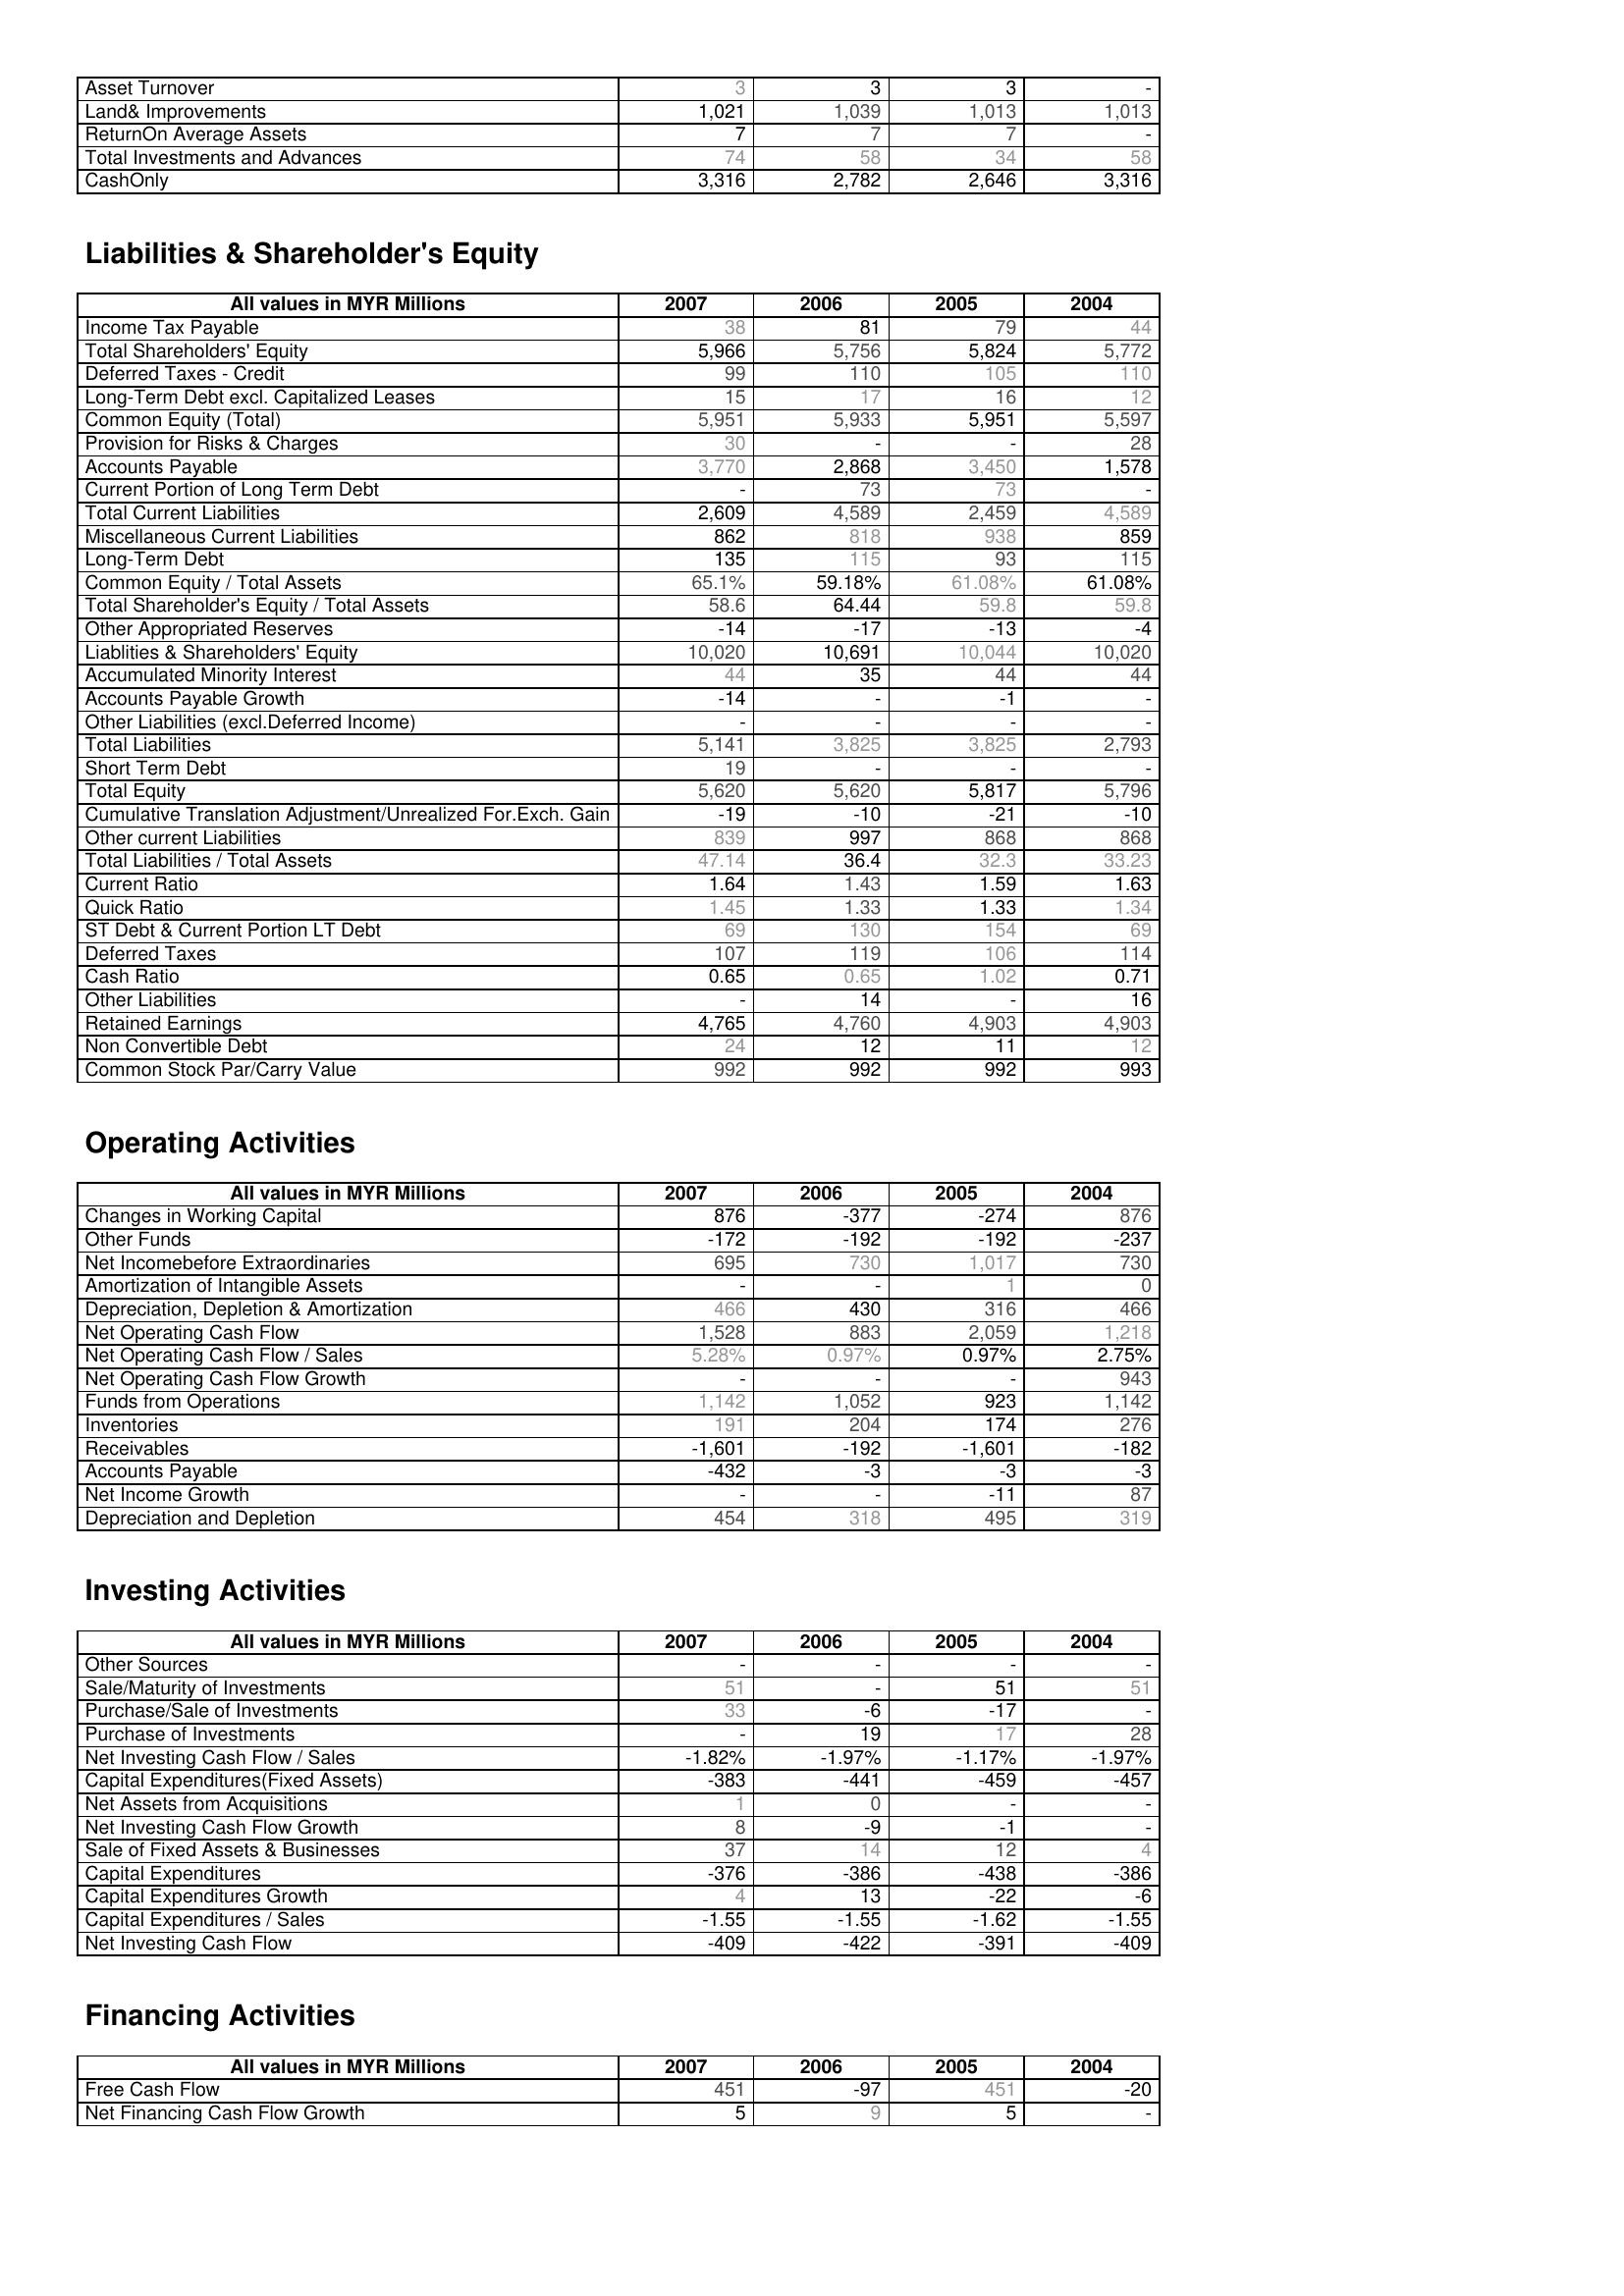
2007: Assets: Asset Turnover: 3
Land& Improvements: 1,021
ReturnOn Average Assets: 7
Total Investments and Advances: 74
CashOnly: 3,316
Liabilities & Shareholder's Equity: Income Tax Payable: 38
Total Shareholders' Equity: 5,966
Deferred Taxes - Credit: 99
Long-Term Debt excl. Capitalized Leases: 15
Common Equity (Total): 5,951
Provision for Risks & Charges: 30
Accounts Payable: 3,770
Current Portion of Long Term Debt: -
Total Current Liabilities: 2,609
Miscellaneous Current Liabilities: 862
Long-Term Debt: 135
Common Equity / Total Assets: 65.1%
Total Shareholder's Equity / Total Assets: 58.6
Other Appropriated Reserves: -14
Liablities & Shareholders' Equity: 10,020
Accumulated Minority Interest: 44
Accounts Payable Growth: -14
Other Liabilities (excl.Deferred Income): -
Total Liabilities: 5,141
Short Term Debt: 19
Total Equity: 5,620
Cumulative Translation Adjustment/Unrealized For.Exch. Gain: -19
Other current Liabilities: 839
Total Liabilities / Total Assets: 47.14
Current Ratio: 1.64
Quick Ratio: 1.45
ST Debt & Current Portion LT Debt: 69
Deferred Taxes: 107
Cash Ratio: 0.65
Other Liabilities: -
Retained Earnings: 4,765
Non Convertible Debt: 24
Common Stock Par/Carry Value: 992
Operating Activities: Changes in Working Capital: 876
Other Funds: -172
Net Incomebefore Extraordinaries: 695
Amortization of Intangible Assets: -
Depreciation, Depletion & Amortization: 466
Net Operating Cash Flow: 1,528
Net Operating Cash Flow / Sales: 5.28%
Net Operating Cash Flow Growth: -
Funds from Operations: 1,142
Inventories: 191
Receivables: -1,601
Accounts Payable: -432
Net Income Growth: -
Depreciation and Depletion: 454
Investing Activities: Other Sources: -
Sale/Maturity of Investments: 51
Purchase/Sale of Investments: 33
Purchase of Investments: -
Net Investing Cash Flow / Sales: -1.82%
Capital Expenditures(Fixed Assets): -383
Net Assets from Acquisitions: 1
Net Investing Cash Flow Growth: 8
Sale of Fixed Assets & Businesses: 37
Capital Expenditures: -376
Capital Expenditures Growth: 4
Capital Expenditures / Sales: -1.55
Net Investing Cash Flow: -409
Financing Activities: Free Cash Flow: 451
Net Financing Cash Flow Growth: 5
2006: Assets: Asset Turnover: 3
Land& Improvements: 1,039
ReturnOn Average Assets: 7
Total Investments and Advances: 58
CashOnly: 2,782
Liabilities & Shareholder's Equity: Income Tax Payable: 81
Total Shareholders' Equity: 5,756
Deferred Taxes - Credit: 110
Long-Term Debt excl. Capitalized Leases: 17
Common Equity (Total): 5,933
Provision for Risks & Charges: -
Accounts Payable: 2,868
Current Portion of Long Term Debt: 73
Total Current Liabilities: 4,589
Miscellaneous Current Liabilities: 818
Long-Term Debt: 115
Common Equity / Total Assets: 59.18%
Total Shareholder's Equity / Total Assets: 64.44
Other Appropriated Reserves: -17
Liablities & Shareholders' Equity: 10,691
Accumulated Minority Interest: 35
Accounts Payable Growth: -
Other Liabilities (excl.Deferred Income): -
Total Liabilities: 3,825
Short Term Debt: -
Total Equity: 5,620
Cumulative Translation Adjustment/Unrealized For.Exch. Gain: -10
Other current Liabilities: 997
Total Liabilities / Total Assets: 36.4
Current Ratio: 1.43
Quick Ratio: 1.33
ST Debt & Current Portion LT Debt: 130
Deferred Taxes: 119
Cash Ratio: 0.65
Other Liabilities: 14
Retained Earnings: 4,760
Non Convertible Debt: 12
Common Stock Par/Carry Value: 992
Operating Activities: Changes in Working Capital: -377
Other Funds: -192
Net Incomebefore Extraordinaries: 730
Amortization of Intangible Assets: -
Depreciation, Depletion & Amortization: 430
Net Operating Cash Flow: 883
Net Operating Cash Flow / Sales: 0.97%
Net Operating Cash Flow Growth: -
Funds from Operations: 1,052
Inventories: 204
Receivables: -192
Accounts Payable: -3
Net Income Growth: -
Depreciation and Depletion: 318
Investing Activities: Other Sources: -
Sale/Maturity of Investments: -
Purchase/Sale of Investments: -6
Purchase of Investments: 19
Net Investing Cash Flow / Sales: -1.97%
Capital Expenditures(Fixed Assets): -441
Net Assets from Acquisitions: 0
Net Investing Cash Flow Growth: -9
Sale of Fixed Assets & Businesses: 14
Capital Expenditures: -386
Capital Expenditures Growth: 13
Capital Expenditures / Sales: -1.55
Net Investing Cash Flow: -422
Financing Activities: Free Cash Flow: -97
Net Financing Cash Flow Growth: 9
2005: Assets: Asset Turnover: 3
Land& Improvements: 1,013
ReturnOn Average Assets: 7
Total Investments and Advances: 34
CashOnly: 2,646
Liabilities & Shareholder's Equity: Income Tax Payable: 79
Total Shareholders' Equity: 5,824
Deferred Taxes - Credit: 105
Long-Term Debt excl. Capitalized Leases: 16
Common Equity (Total): 5,951
Provision for Risks & Charges: -
Accounts Payable: 3,450
Current Portion of Long Term Debt: 73
Total Current Liabilities: 2,459
Miscellaneous Current Liabilities: 938
Long-Term Debt: 93
Common Equity / Total Assets: 61.08%
Total Shareholder's Equity / Total Assets: 59.8
Other Appropriated Reserves: -13
Liablities & Shareholders' Equity: 10,044
Accumulated Minority Interest: 44
Accounts Payable Growth: -1
Other Liabilities (excl.Deferred Income): -
Total Liabilities: 3,825
Short Term Debt: -
Total Equity: 5,817
Cumulative Translation Adjustment/Unrealized For.Exch. Gain: -21
Other current Liabilities: 868
Total Liabilities / Total Assets: 32.3
Current Ratio: 1.59
Quick Ratio: 1.33
ST Debt & Current Portion LT Debt: 154
Deferred Taxes: 106
Cash Ratio: 1.02
Other Liabilities: -
Retained Earnings: 4,903
Non Convertible Debt: 11
Common Stock Par/Carry Value: 992
Operating Activities: Changes in Working Capital: -274
Other Funds: -192
Net Incomebefore Extraordinaries: 1,017
Amortization of Intangible Assets: 1
Depreciation, Depletion & Amortization: 316
Net Operating Cash Flow: 2,059
Net Operating Cash Flow / Sales: 0.97%
Net Operating Cash Flow Growth: -
Funds from Operations: 923
Inventories: 174
Receivables: -1,601
Accounts Payable: -3
Net Income Growth: -11
Depreciation and Depletion: 495
Investing Activities: Other Sources: -
Sale/Maturity of Investments: 51
Purchase/Sale of Investments: -17
Purchase of Investments: 17
Net Investing Cash Flow / Sales: -1.17%
Capital Expenditures(Fixed Assets): -459
Net Assets from Acquisitions: -
Net Investing Cash Flow Growth: -1
Sale of Fixed Assets & Businesses: 12
Capital Expenditures: -438
Capital Expenditures Growth: -22
Capital Expenditures / Sales: -1.62
Net Investing Cash Flow: -391
Financing Activities: Free Cash Flow: 451
Net Financing Cash Flow Growth: 5
2004: Assets: Asset Turnover: -
Land& Improvements: 1,013
ReturnOn Average Assets: -
Total Investments and Advances: 58
CashOnly: 3,316
Liabilities & Shareholder's Equity: Income Tax Payable: 44
Total Shareholders' Equity: 5,772
Deferred Taxes - Credit: 110
Long-Term Debt excl. Capitalized Leases: 12
Common Equity (Total): 5,597
Provision for Risks & Charges: 28
Accounts Payable: 1,578
Current Portion of Long Term Debt: -
Total Current Liabilities: 4,589
Miscellaneous Current Liabilities: 859
Long-Term Debt: 115
Common Equity / Total Assets: 61.08%
Total Shareholder's Equity / Total Assets: 59.8
Other Appropriated Reserves: -4
Liablities & Shareholders' Equity: 10,020
Accumulated Minority Interest: 44
Accounts Payable Growth: -
Other Liabilities (excl.Deferred Income): -
Total Liabilities: 2,793
Short Term Debt: -
Total Equity: 5,796
Cumulative Translation Adjustment/Unrealized For.Exch. Gain: -10
Other current Liabilities: 868
Total Liabilities / Total Assets: 33.23
Current Ratio: 1.63
Quick Ratio: 1.34
ST Debt & Current Portion LT Debt: 69
Deferred Taxes: 114
Cash Ratio: 0.71
Other Liabilities: 16
Retained Earnings: 4,903
Non Convertible Debt: 12
Common Stock Par/Carry Value: 993
Operating Activities: Changes in Working Capital: 876
Other Funds: -237
Net Incomebefore Extraordinaries: 730
Amortization of Intangible Assets: 0
Depreciation, Depletion & Amortization: 466
Net Operating Cash Flow: 1,218
Net Operating Cash Flow / Sales: 2.75%
Net Operating Cash Flow Growth: 943
Funds from Operations: 1,142
Inventories: 276
Receivables: -182
Accounts Payable: -3
Net Income Growth: 87
Depreciation and Depletion: 319
Investing Activities: Other Sources: -
Sale/Maturity of Investments: 51
Purchase/Sale of Investments: -
Purchase of Investments: 28
Net Investing Cash Flow / Sales: -1.97%
Capital Expenditures(Fixed Assets): -457
Net Assets from Acquisitions: -
Net Investing Cash Flow Growth: -
Sale of Fixed Assets & Businesses: 4
Capital Expenditures: -386
Capital Expenditures Growth: -6
Capital Expenditures / Sales: -1.55
Net Investing Cash Flow: -409
Financing Activities: Free Cash Flow: -20
Net Financing Cash Flow Growth: -